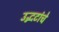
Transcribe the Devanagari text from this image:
उद्भटांचे